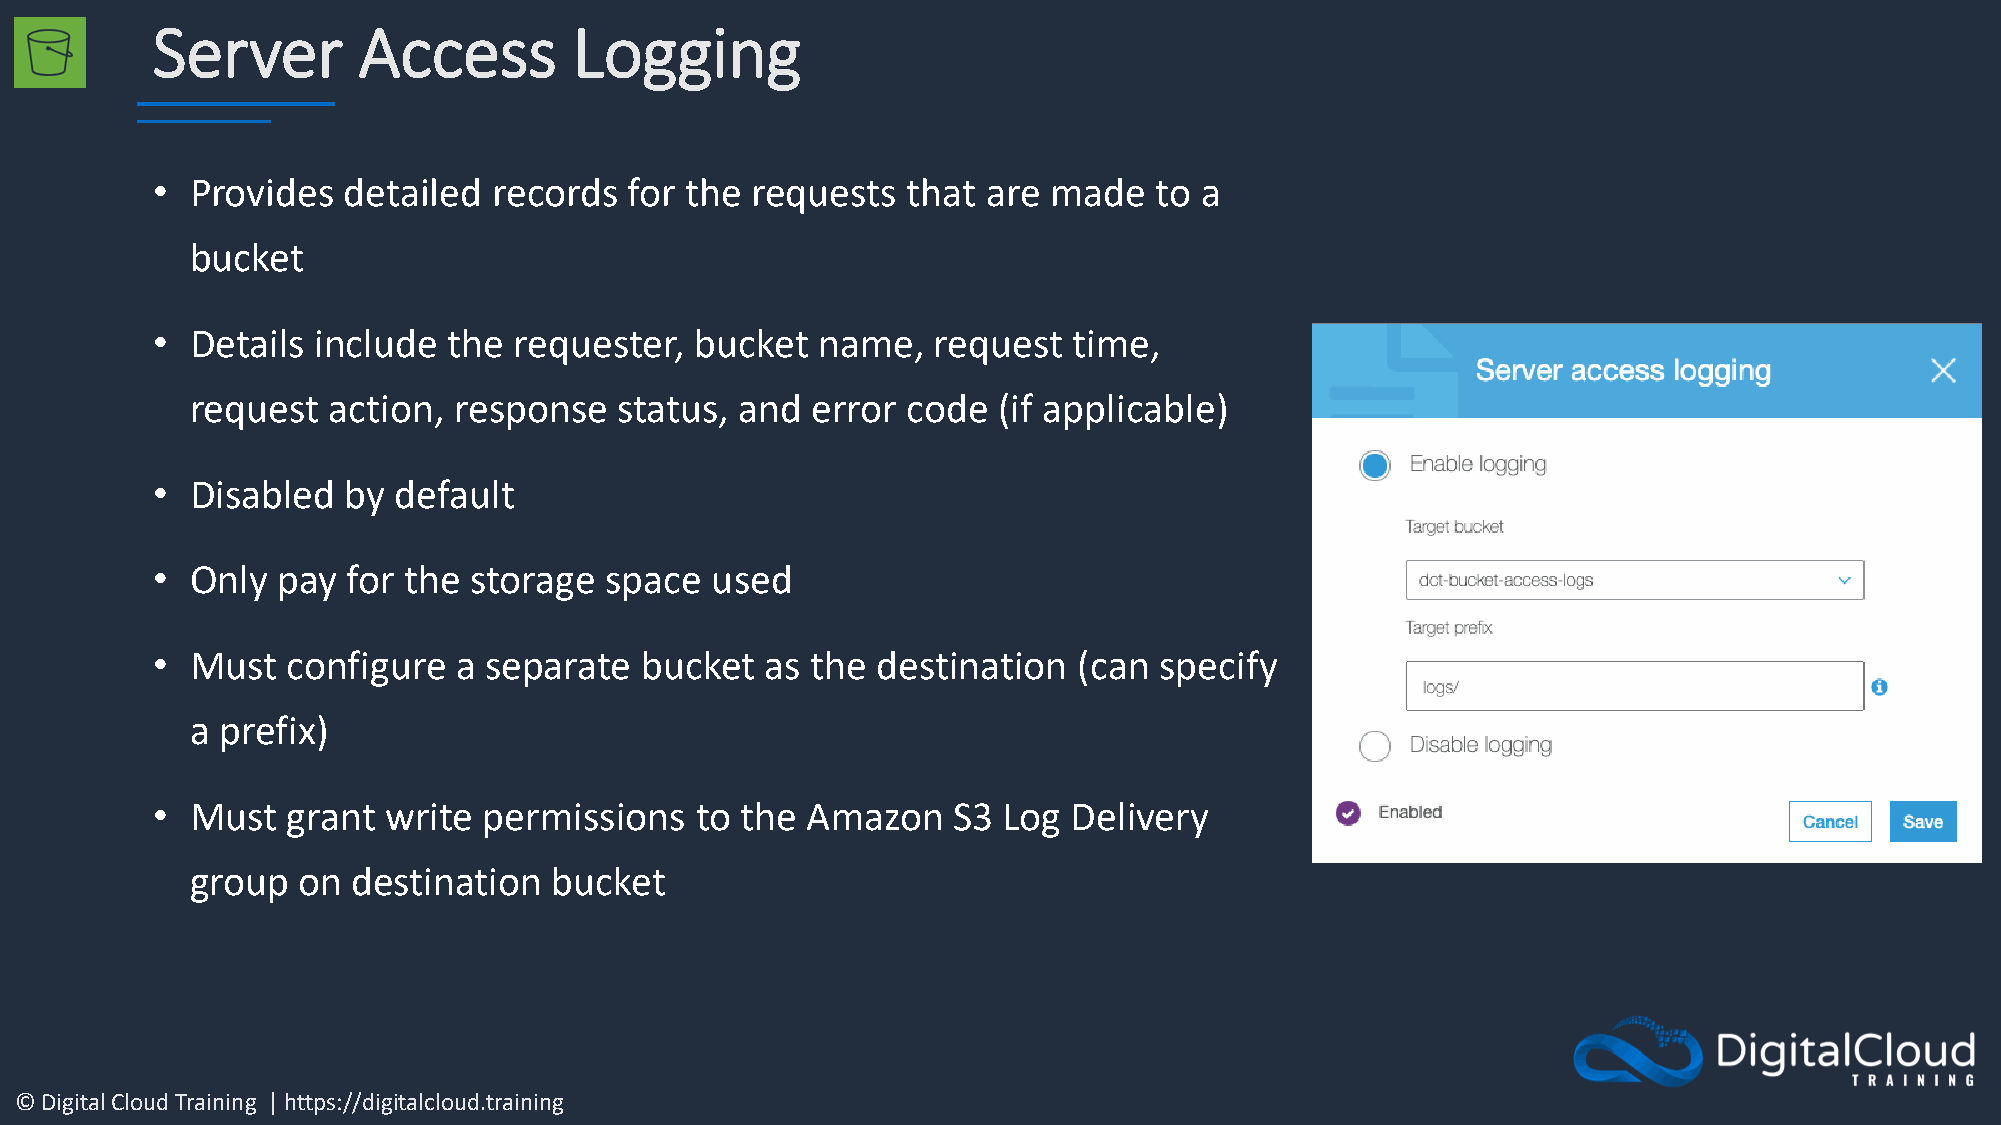
Server        Access        Logging
 •  Provides  detailed  records  for the requests  that are made   to a
 bucket
 •  Details include  the requester,  bucket  name,   request  time,
 request  action, response   status, and  error code  (if applicable)
 •  Disabled  by default
 •  Only pay  for the storage  space  used
 •  Must  configure  a separate  bucket   as the destination  (can  specify
 a prefix)
 •  Must  grant  write permissions   to the Amazon    S3 Log  Delivery
 group  on destination   bucket
 © Digital Cloud Training | https://digitalcloud.training